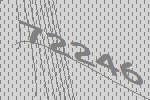
72246